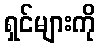
ရှင်များကို